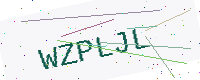
Text: WZPLJL